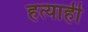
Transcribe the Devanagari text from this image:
हत्याही